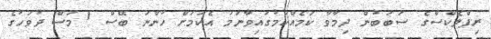
ރިފްލެކްސްގެ ސަބަބުން ދިމާވާ ކަމެއްކަމުގައިވާނަމަ އެކަމަށް ހުންނަ ބޭސް 1 މަސް ދުވަހުގެ